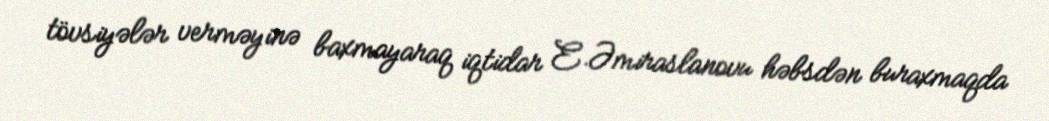
tövsiyələr verməyinə baxmayaraq iqtidar E.Əmiraslanovu həbsdən buraxmaqda